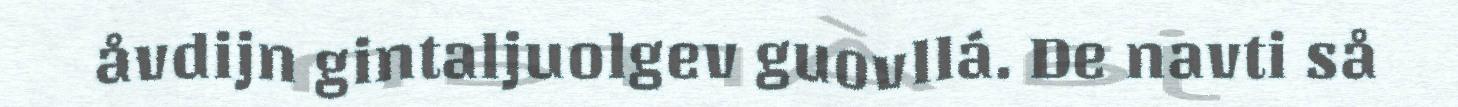
åvdijn gintaljuolgev guovllá. De navti så